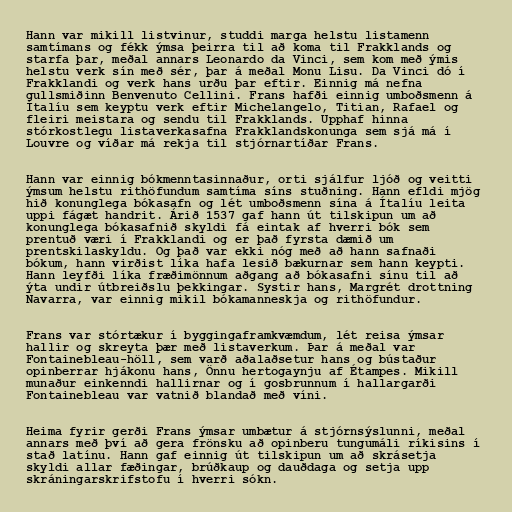
Hann var mikill listvinur, studdi marga helstu listamenn
samtímans og fékk ýmsa þeirra til að koma til Frakklands og
starfa þar, meðal annars Leonardo da Vinci, sem kom með ýmis
helstu verk sín með sér, þar á meðal Monu Lisu. Da Vinci dó í
Frakklandi og verk hans urðu þar eftir. Einnig má nefna
gullsmiðinn Benvenuto Cellini. Frans hafði einnig umboðsmenn á
Ítalíu sem keyptu verk eftir Michelangelo, Titian, Rafael og
fleiri meistara og sendu til Frakklands. Upphaf hinna
stórkostlegu listaverkasafna Frakklandskonunga sem sjá má í
Louvre og víðar má rekja til stjórnartíðar Frans.

Hann var einnig bókmenntasinnaður, orti sjálfur ljóð og veitti
ýmsum helstu rithöfundum samtíma síns stuðning. Hann efldi mjög
hið konunglega bókasafn og lét umboðsmenn sína á Ítalíu leita
uppi fágæt handrit. Árið 1537 gaf hann út tilskipun um að
konunglega bókasafnið skyldi fá eintak af hverri bók sem
prentuð væri í Frakklandi og er það fyrsta dæmið um
prentskilaskyldu. Og það var ekki nóg með að hann safnaði
bókum, hann virðist líka hafa lesið bækurnar sem hann keypti.
Hann leyfði líka fræðimönnum aðgang að bókasafni sínu til að
ýta undir útbreiðslu þekkingar. Systir hans, Margrét drottning
Navarra, var einnig mikil bókamanneskja og rithöfundur.

Frans var stórtækur í byggingaframkvæmdum, lét reisa ýmsar
hallir og skreyta þær með listaverkum. Þar á meðal var
Fontainebleau-höll, sem varð aðalaðsetur hans og bústaður
opinberrar hjákonu hans, Önnu hertogaynju af Étampes. Mikill
munaður einkenndi hallirnar og í gosbrunnum í hallargarði
Fontainebleau var vatnið blandað með víni.

Heima fyrir gerði Frans ýmsar umbætur á stjórnsýslunni, meðal
annars með því að gera frönsku að opinberu tungumáli ríkisins í
stað latínu. Hann gaf einnig út tilskipun um að skrásetja
skyldi allar fæðingar, brúðkaup og dauðdaga og setja upp
skráningarskrifstofu í hverri sókn.